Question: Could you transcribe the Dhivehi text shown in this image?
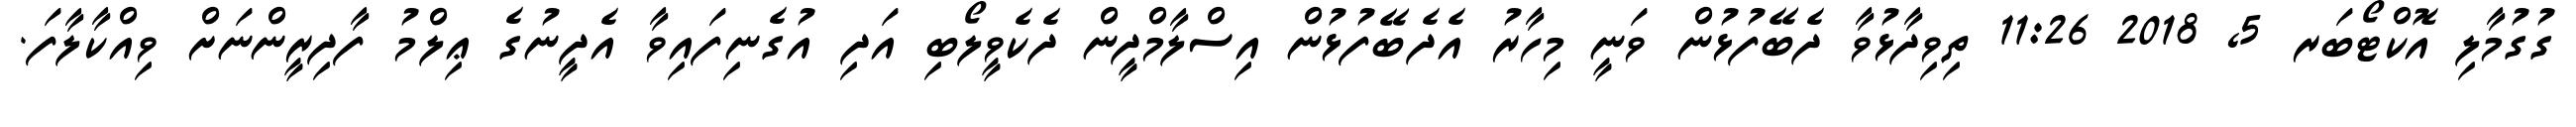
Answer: ގުގުމާލި އޮކްޓޯބަރ 5, 2018 11:26 ތިވިދާޅުވާ ދެބޭފުޅުން ވަނީ މިހާރު އެދެބޭފުޅުން އިސްލާމްދީން ދެކެވީލޯބި އަދި އުގެނިފައިވާ އެދީނުގެ ޢިލްމު ފާދިރީންނަށް ވިއްކާލާފަ.